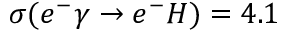
\sigma ( e ^ { - } \gamma \rightarrow e ^ { - } H ) = 4 . 1